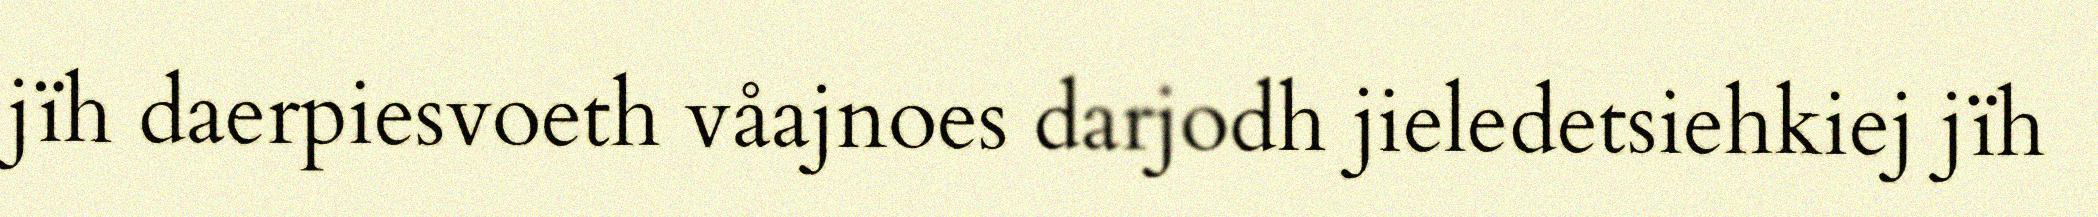
jïh daerpiesvoeth våajnoes darjodh jieledetsiehkiej jïh